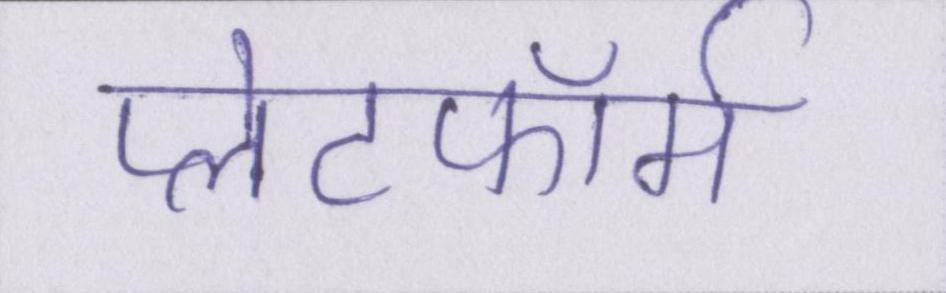
प्लेटफॉर्म